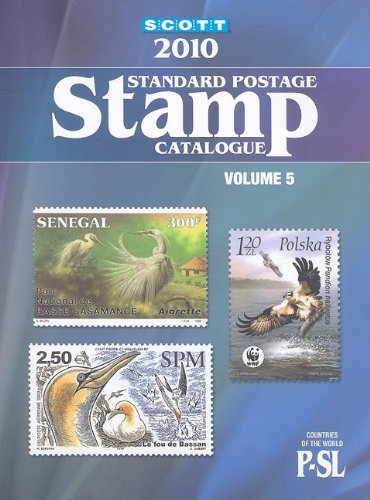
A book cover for Scott 2010 Standard Postage Stamp Catalogue, Vol. 5: Countries of the World- P-Sl; James E. Kloetzel; Crafts, Hobbies & Home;